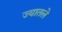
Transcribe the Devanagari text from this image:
ज्यातले